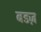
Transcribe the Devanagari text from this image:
बडज़